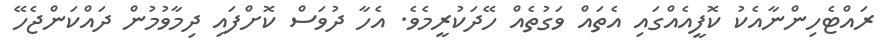
ރައްޓެހިންނާއެކު ކޮފީއެއްގައި އެތައް ވަގުތެއް ހޭދަކުރީމެވެ. އެހާ ދުވަސް ކޮށްފައި ދިމާވުމުން ދައްކަންޖެހޭ